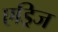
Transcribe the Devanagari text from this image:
एड्रिज